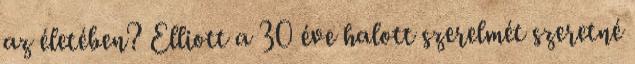
az életében? Elliott a 30 éve halott szerelmét szeretné